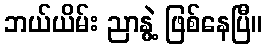
ဘယ်ယိမ်း ညာနွဲ့ ဖြစ်နေပြီ။